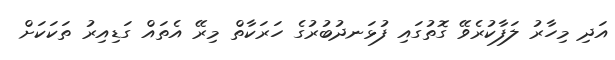
އަދި މިހާރު ލަފާކުރެވޭ ގޮތުގައި ފުޅަނދުބުރުގެ ހަރަކާތް މިރޭ އެތައް ގަޑިއިރު ތަކަކަށް